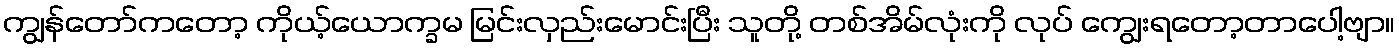
ကျွန်တော်ကတော့ ကိုယ့်ယောက္ခမ မြင်းလှည်းမောင်းပြီး သူတို့ တစ်အိမ်လုံးကို လုပ် ကျွေးရတော့တာပေါ့ဗျာ။